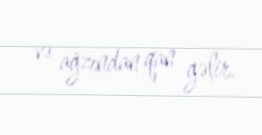
və ağzından qan gəlir.